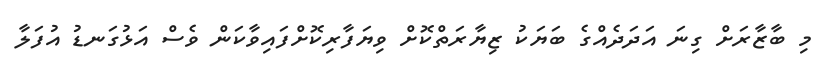
މި ބާޒާރަށް ގިނަ އަދަދެއްގެ ބަޔަކު ޒިޔާރަތްކޮށް ވިޔަފާރިކޮށްފައިވާކަން ވެސް އަޅުގަނޑު އުފަލާ